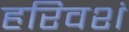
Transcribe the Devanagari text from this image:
हरिवशं